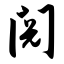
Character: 阅